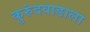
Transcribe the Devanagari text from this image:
कुरुंदवाडाला